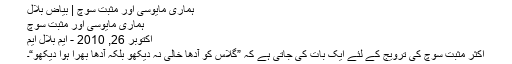
ہماری مایوسی اور مثبت سوچ | بیاضِ بلال
ہماری مایوسی اور مثبت سوچ
اکتوبر 26, 2010 - ایم بلال ایم
اکثر مثبت سوچ کی ترویج کے لئے ایک بات کی جاتی ہے کہ ”گلاس کو آدھا خالی نہ دیکھو بلکہ آدھا بھرا ہوا دیکھو“۔